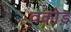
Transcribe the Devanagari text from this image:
वकोड़